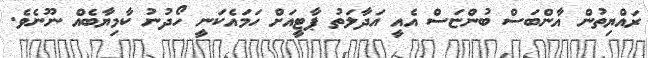
ރައްޔިތުން އާންބަސް ބުންޏަސް އެއީ އަދާލަތު ޕާޓީއަށް ހަމައެކަނީ ހޯދުނު ކާމިޔާބެއް ނޫނެވެ.